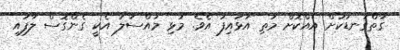
ގާތްގަނޑަކަށް އެއްކޮށް މަތި އަޅައިފަ އެވެ. މުޅި މައްސަލަ އެކީ ގެންގޮސް ލާފައި